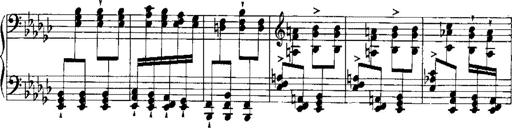
Title: RÃ©miniscences de Norma de Bellini
Composer: Franz Liszt